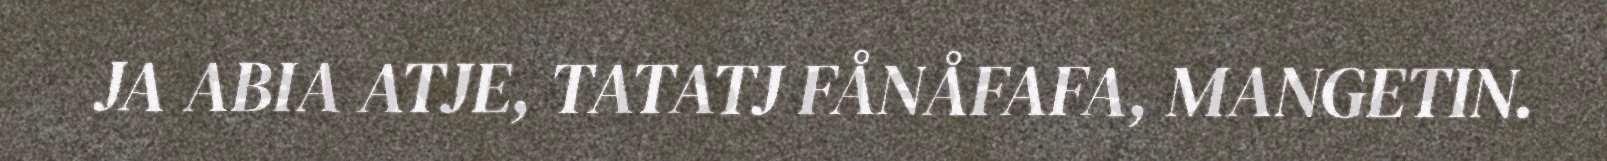
JA ABIA ATJE, TATATJ FÅNÅFAFA, MANGETIN.